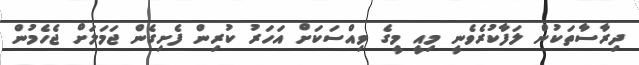
ދިރާސާތަކުން ލަފާކުރެވެނީ މިއީ މީގެ ވިއްސަކަށް އަހަރު ކުރިން ފެށިގެން ޖަމަލަށް ޖެހެމުން